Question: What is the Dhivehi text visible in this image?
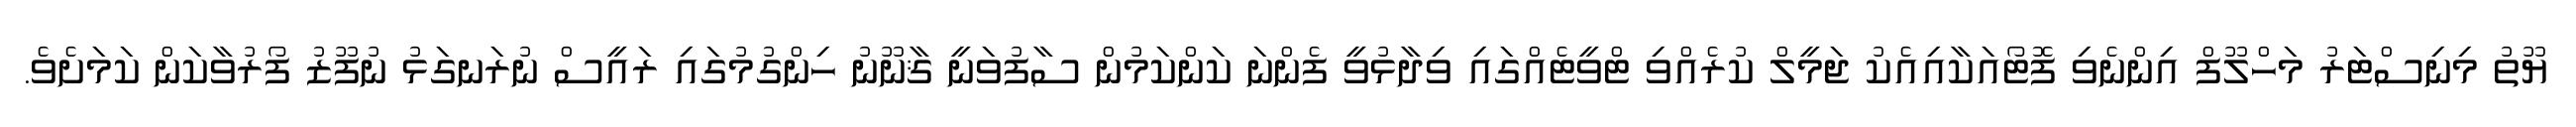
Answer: ޔޫތު މިނިސްޓަރު މަހްލޫފް އިންނެވި ފޮޓޯއަކާއިއެކު ޖަމީލް ކުރެއްވި ޓްވީޓެއްގައި ވިދާޅުވީ ފެންނަ ކަންކަމުން ސާފުވަނީ ޤާނޫނު ހިންގުމުގައި ރައީސް ނުރަނގަޅު ނުފޫޒު ފޯރުވާކަން ކަމަށެވެ.